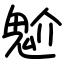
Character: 魀